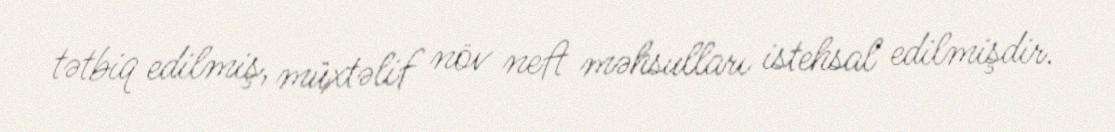
tətbiq edilmiş, müxtəlif növ neft məhsulları istehsal edilmişdir.